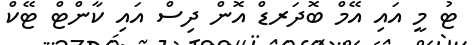
ޓު މީ އައި އޭމް ބޮދަރޑް އޮން ދިސް އައި ކާންޓް ޓޭކް